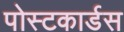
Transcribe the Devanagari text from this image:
पोस्टकार्डस